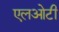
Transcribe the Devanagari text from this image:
एलओटी